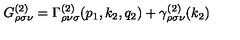
G _ { \rho \sigma \nu } ^ { ( 2 ) } = \Gamma _ { \rho \nu \sigma } ^ { ( 2 ) } ( p _ { 1 } , k _ { 2 } , q _ { 2 } ) + \gamma _ { \rho \sigma \nu } ^ { ( 2 ) } ( k _ { 2 } )